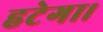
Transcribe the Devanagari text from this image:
हटेगा।